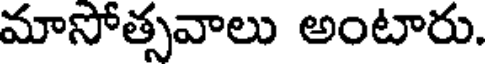
మాసోత్సవాలు అంటారు.